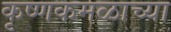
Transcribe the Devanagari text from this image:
कृष्णकमळाच्या